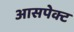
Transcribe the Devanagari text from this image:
आसपेक्ट